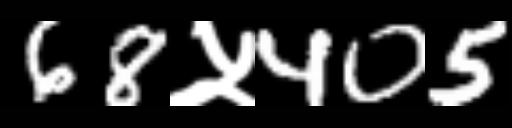
Text: 68५405